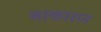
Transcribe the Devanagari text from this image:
नाकारात